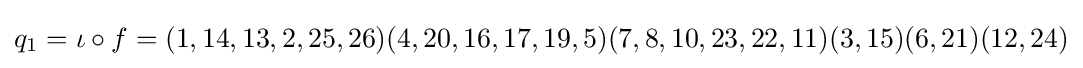
q_{1}=\iota \circ f=(1,14,13,2,25,26)(4,20,16,17,19,5)(7,8,10,23,22,11)(3,15)(6,21)(12,24)